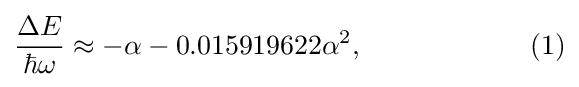
{\frac {\Delta E}{\hbar \omega }}\approx -\alpha -0.015919622\alpha ^{2},\qquad \qquad \qquad (1)